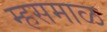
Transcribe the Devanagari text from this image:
म्हसमाळ